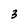
Character: 3